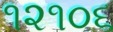
૧૨૧૦૬